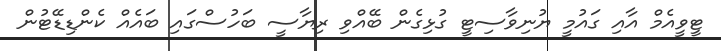
ޓީވީއެމް އާއި ގައުމީ ޔުނިވާސިޓީ ގުޅިގެން ބޭއްވި ރިޔާސީ ބަހުސްގައި ބައެއް ކެންޑިޑޭޓުން